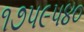
૧૭૫૯૫૪૦